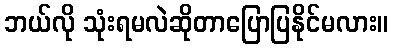
ဘယ်လို သုံးရမလဲဆိုတာပြောပြနိုင်မလား။